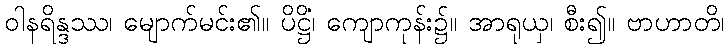
ဝါနရိန္ဒဿ၊ မျောက်မင်း၏။ ပိဋ္ဌိံ၊ ကျောကုန်း၌။ အာရုယှ၊ စီး၍။ ဗာဟာတိ၊